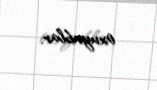
oxuyublar.